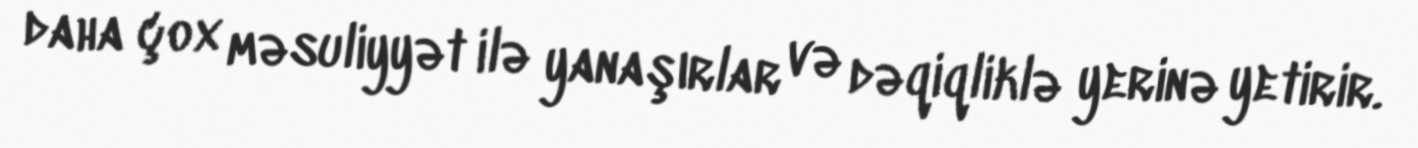
daha çox məsuliyyət ilə yanaşırlar və dəqiqliklə yerinə yetirir.